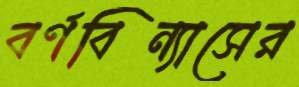
বর্ণবিন্যাসের